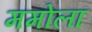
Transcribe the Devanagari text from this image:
ममोला